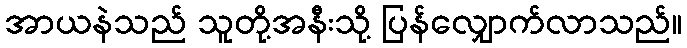
အာယနဲသည် သူတို့အနီးသို့ ပြန်လျှောက်လာသည်။